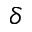
\delta